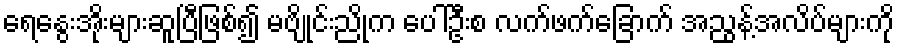
ရေနွေးအိုးများဆူပြီဖြစ်၍ မဗျိုင်းညိုက ပေါ်ဦးစ လက်ဖက်ခြောက် အညွန့်အလိပ်များကို